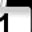
Digit: 1